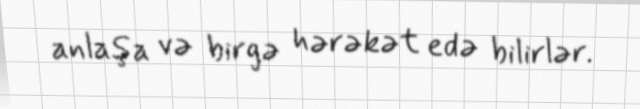
anlaşa və birgə hərəkət edə bilirlər.